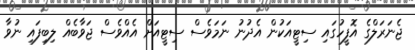
ޖެނަރަލްގެ އޮފީހުގައި ސިޓީއަކުން އެދުނު ނަމަވެސް ސިޓީއަށް އެއްވެސް ޖަވާބެއް ލިބިފައި ނުވާ